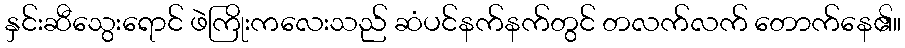
နှင်းဆီသွေးရောင် ဖဲကြိုးကလေးသည် ဆံပင်နက်နက်တွင် တလက်လက် တောက်နေ၏။